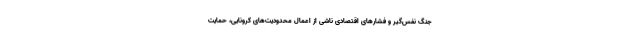
جنگ نفس‌گیر و فشارهای اقتصادی ناشی از اعمال محدودیت‌های کرونایی، حمایت